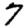
Digit: 7